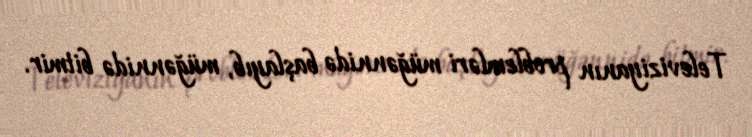
Televiziyanın problemləri müğənnidə başlayıb, müğənnidə bitmir.